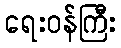
ရေးဝန်ကြီး